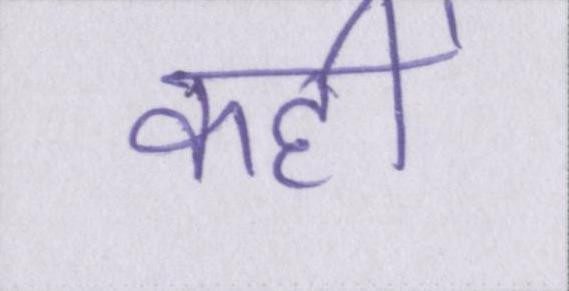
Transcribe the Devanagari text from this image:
कहीं